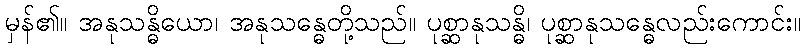
မှန်၏။ အနုသန္ဓိယော၊ အနုသန္ဓေတို့သည်။ ပုစ္ဆာနုသန္ဓိ၊ ပုစ္ဆာနုသန္ဓေလည်းကောင်း။